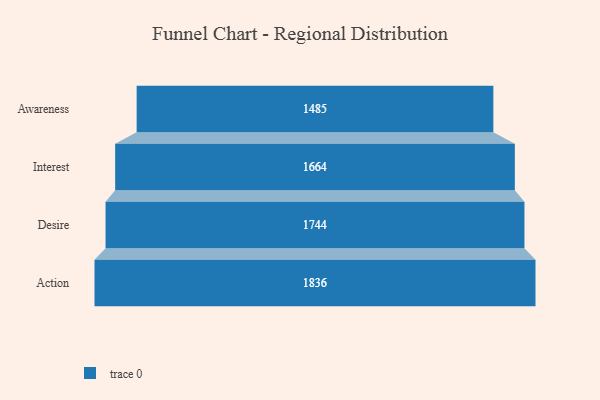
{"axis": {"x": "Stage", "y": "Value"}, "legend": [""], "data": [{"x": "Awareness", "y": 1485.0, "type": ""}, {"x": "Interest", "y": 1664.0, "type": ""}, {"x": "Desire", "y": 1744.0, "type": ""}, {"x": "Action", "y": 1836.0, "type": ""}]}